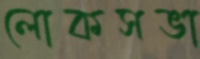
লোকসভা